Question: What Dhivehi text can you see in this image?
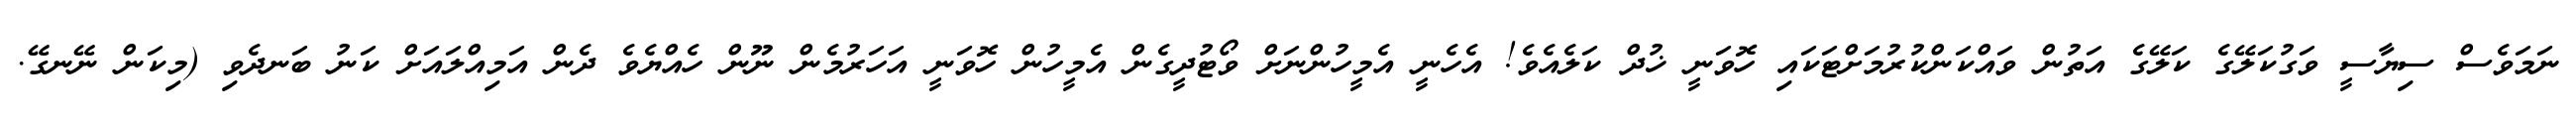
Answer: ނަމަވެސް ސިޔާސީ ވަގުކަލޭގެ ކަލޭގެ އަތުން ވައްކަންކުރުމަށްޓަކައި ހޮވަނީ ޚުދް ކަލެއެވެ! އެހެނީ އެމީހުންނަށް ވޯޓުދީގެން އެމީހުން ހޮވަނީ އަހަރުމެން ނޫން ހެއްޔެވެ ދެން އަމިއްލައަށް ކަނު ބަނދެވި (މިކަން ނޭނގޭ.